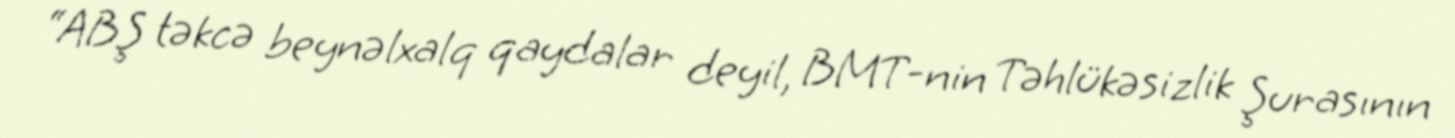
“ABŞ təkcə beynəlxalq qaydalar deyil, BMT-nin Təhlükəsizlik Şurasının